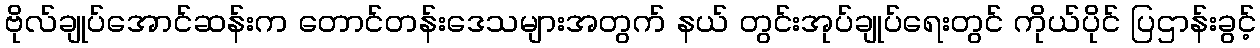
ဗိုလ်ချုပ်အောင်ဆန်းက တောင်တန်းဒေသများအတွက် နယ် တွင်းအုပ်ချုပ်ရေးတွင် ကိုယ်ပိုင် ပြဌာန်းခွင့်